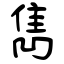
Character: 雋